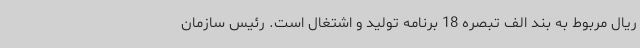
ریال مربوط به بند الف تبصره 18 برنامه تولید و اشتغال است. رئیس سازمان